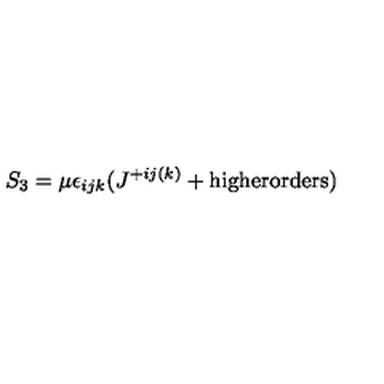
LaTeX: S _ { 3 } = \mu \epsilon _ { i j k } ( J ^ { + i j ( k ) } + \mathrm { h i g h e r o r d e r s } )